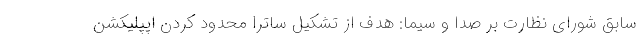
سابق شورای نظارت بر صدا و سیما: هدف از تشکیل ساترا محدود کردن اپپلیکشن